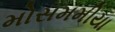
મોસમમીયા